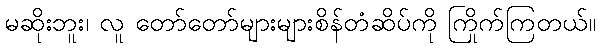
မဆိုးဘူး၊ လူ တော်တော်များများစိန်တံဆိပ်ကို ကြိုက်ကြတယ်။